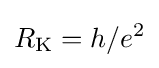
R_{\mathrm {K} }=h/e^{2}